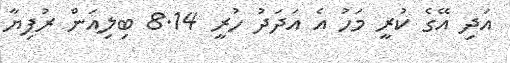
އަދި އޭގެ ކުރީ މަހު އެ އަދަދު ހުރީ 8.14 ބިލިއަން ރުފިޔާ